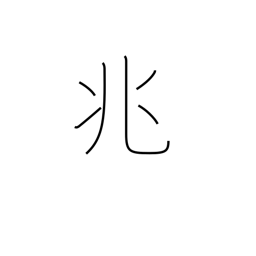
Meaning: portent